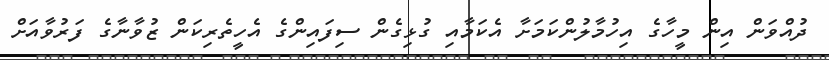
ދުއްވަން އިން މީހާގެ އިހުމާލުންކަމަށާ އެކަމާއި ގުޅިގެން ސިފައިންގެ އެހީތެރިކަން ޒުވާނާގެ ފަރުވާއަށް